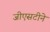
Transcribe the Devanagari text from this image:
जीएसटीने